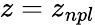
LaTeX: z=z_{npl}